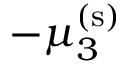
- \mu _ { 3 } ^ { \mathrm { ( s ) } }